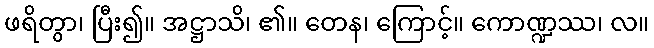
ဖရိတွာ၊ ပြီး၍။ အဋ္ဌာသိ၊ ၏။ တေန၊ ကြောင့်။ ကောဏ္ဍဿ၊ လ။